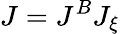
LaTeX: J=J^{B}J_{\xi}